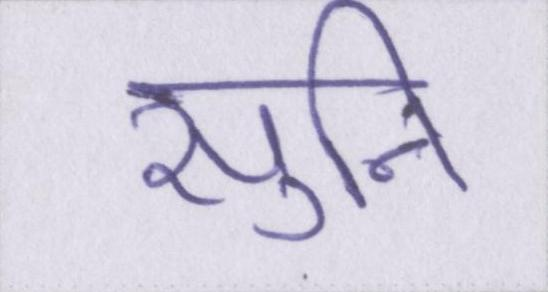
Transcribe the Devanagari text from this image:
सुनि